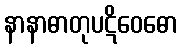
နာနာဓာတုပဋိဝေဓော